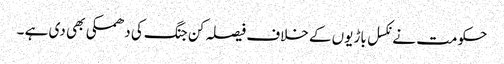
حکومت نے نکسل باڑیوں کے خلاف فیصلہ کن جنگ کی دھمکی بھی دی ہے ۔